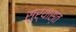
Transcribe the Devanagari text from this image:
सुर्यास्‍त